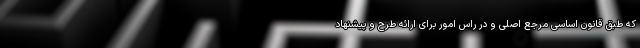
که طبق قانون اساسی مرجع اصلی و در راس امور برای ارائه طرح و پیشنهاد